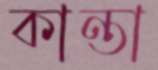
কান্তা